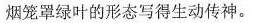
烟笼罩绿叶的形态写得生动传神。